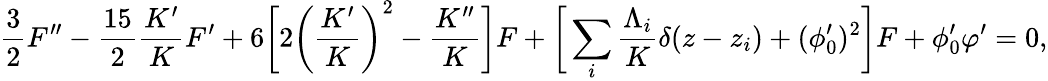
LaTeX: \frac{3}{2}F^{\prime\prime}-\frac{15}{2}\frac{K^{\prime}}{K}F^{\prime}+6\bigg[2\bigg(\frac{K^{\prime}}{K}\bigg)^{2}-\frac{K^{\prime\prime}}{K}\bigg]F+\bigg[\sum_{i}\frac{\Lambda_{i}}{K}\delta(z-z_{i})+(\phi_{0}^{\prime})^{2}\bigg]F+\phi_{0}^{\prime}\varphi^{\prime}=0,